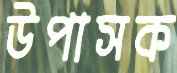
উপাসক